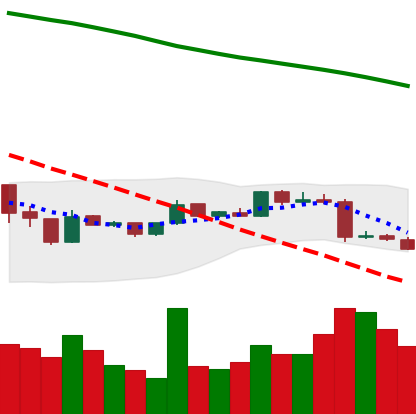
Ticker: XMR-USD
Chart end date: 2019-01-13
Forward return: 4.675%
Label: up_3_5